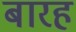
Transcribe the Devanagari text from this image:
बारह